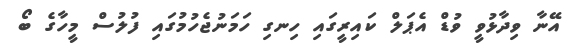
އޭނާ ވިދާޅުވީ ވުޑް އެޕަލް ކައިރީގައި ހިނގި ހަމަނުޖެހުމުގައި ފުލުސް މީހާގެ ބޯ